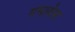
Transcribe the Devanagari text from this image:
गमावेल